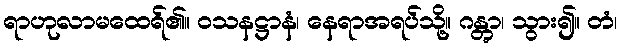
ရာဟုလာမထေရ်၏။ ဝသနဋ္ဌာနံ၊ နေရာအရပ်သို့။ ဂန္တွာ၊ သွား၍။ တံ၊